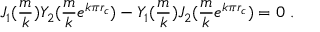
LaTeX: J _ { 1 } ( \frac { m } { k } ) Y _ { 2 } ( \frac { m } { k } e ^ { k \pi r _ { c } } ) - Y _ { 1 } ( \frac { m } { k } ) J _ { 2 } ( \frac { m } { k } e ^ { k \pi r _ { c } } ) = 0 \ .